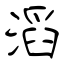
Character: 滔